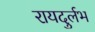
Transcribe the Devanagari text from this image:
रायदुर्लभ